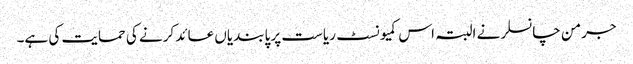
جرمن چانسلر نے البتہ اس کمیونسٹ ریاست پر پابندیاں عائد کرنے کی حمایت کی ہے۔